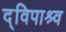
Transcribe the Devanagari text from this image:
द्विपाश्र्व